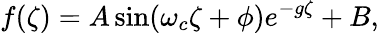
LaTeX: f(\zeta)=A\sin(\omega_{c}\zeta+\phi)e^{-g\zeta}+B,